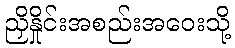
ညှိနှိုင်းအစည်းအဝေးသို့